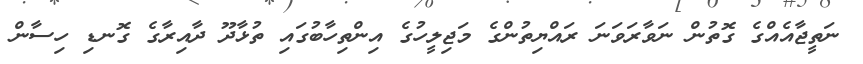
ނަތީޖާއެއްގެ ގޮތުން ނަވާރަވަނަ ރައްޔިތުންގެ މަޖިލީހުގެ އިންތިހާބުގައި ތުޅާދޫ ދާއިރާގެ ގޮނޑި ހިސާން